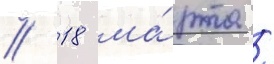
// 18 ма́рта /